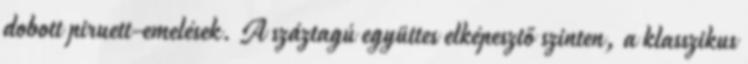
dobott piruett-emelések. A száztagú együttes elképesztő szinten, a klasszikus